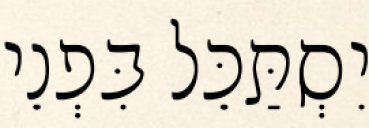
יִסְתַּכֵּל בִּפְנֵי